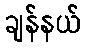
ချန်နယ်